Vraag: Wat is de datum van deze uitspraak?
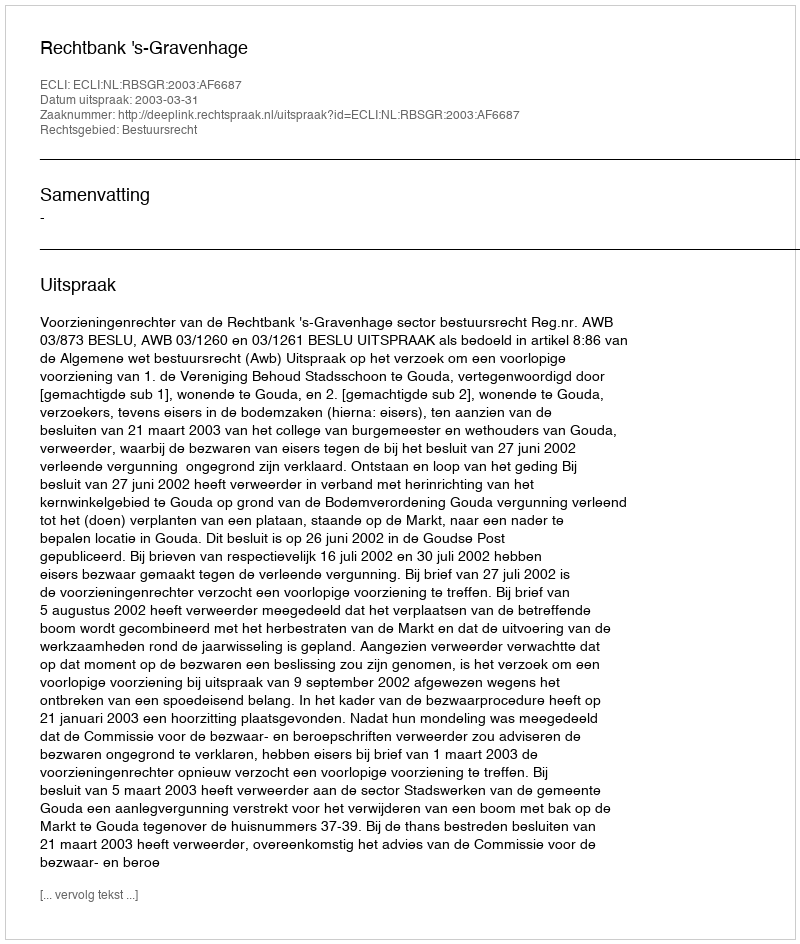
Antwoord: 2003-03-31